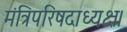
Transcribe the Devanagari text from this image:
मंत्रिपरिषदाध्यक्ष।